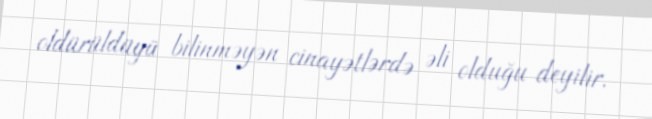
oldürüldüyü bilinməyən cinayətlərdə əli olduğu deyilir.